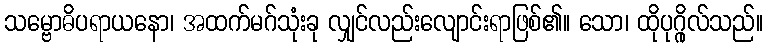
သမ္ဗောဓိပရာယနော၊ အထက်မဂ်သုံးခု လျှင်လည်းလျောင်းရာဖြစ်၏။ သော၊ ထိုပုဂ္ဂိုလ်သည်။